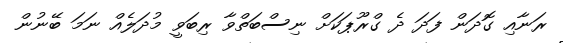
ރަނާއި ގޮދަން ފަދަ ދެ ގްރޫޕަކަށް ނިސްބަތްވާ ރިބަވީ މުދަލެއް ނަމަ ބޭނުން